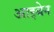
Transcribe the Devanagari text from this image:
आइबेन